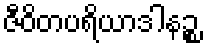
ဇီဝိတပရိယာဒါနဉ္စ